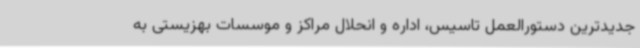
جدیدترین دستورالعمل تاسیس، اداره و انحلال مراکز و موسسات بهزیستی به